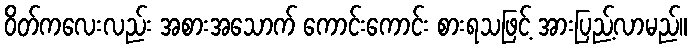
ဝိတ်ကလေးလည်း အစားအသောက် ကောင်းကောင်း စားရသဖြင့် အားပြည့်လာမည်။